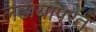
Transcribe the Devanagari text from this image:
लढायांपुरतं